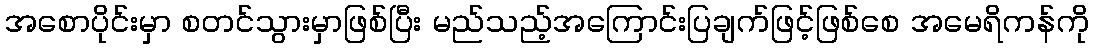
အစောပိုင်းမှာ စတင်သွားမှာဖြစ်ပြီး မည်သည့်အကြောင်းပြချက်ဖြင့်ဖြစ်စေ အမေရိကန်ကို